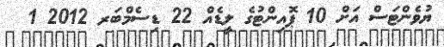
ޔުވެންޓަސް އަށް 10 ޕޮއިންޓުގެ ލީޑެއް 22 ޑިސެމްބަރ 2012 1